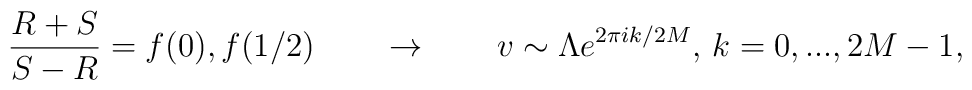
{R+S\over S-R}=f(0),f(1/2)\qquad\rightarrow\qquad v\sim\Lambda e^{2\pi ik/2M},\, k=0,...,2M-1,